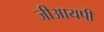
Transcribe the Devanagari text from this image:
जीआयपी